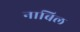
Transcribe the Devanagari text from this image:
नाबिल